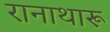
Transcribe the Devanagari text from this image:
रानाथारू